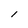
Character: 1